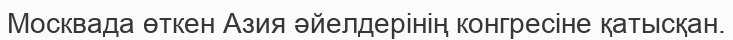
Москвада өткен Азия әйелдерiнiң конгресiне қатысқан.